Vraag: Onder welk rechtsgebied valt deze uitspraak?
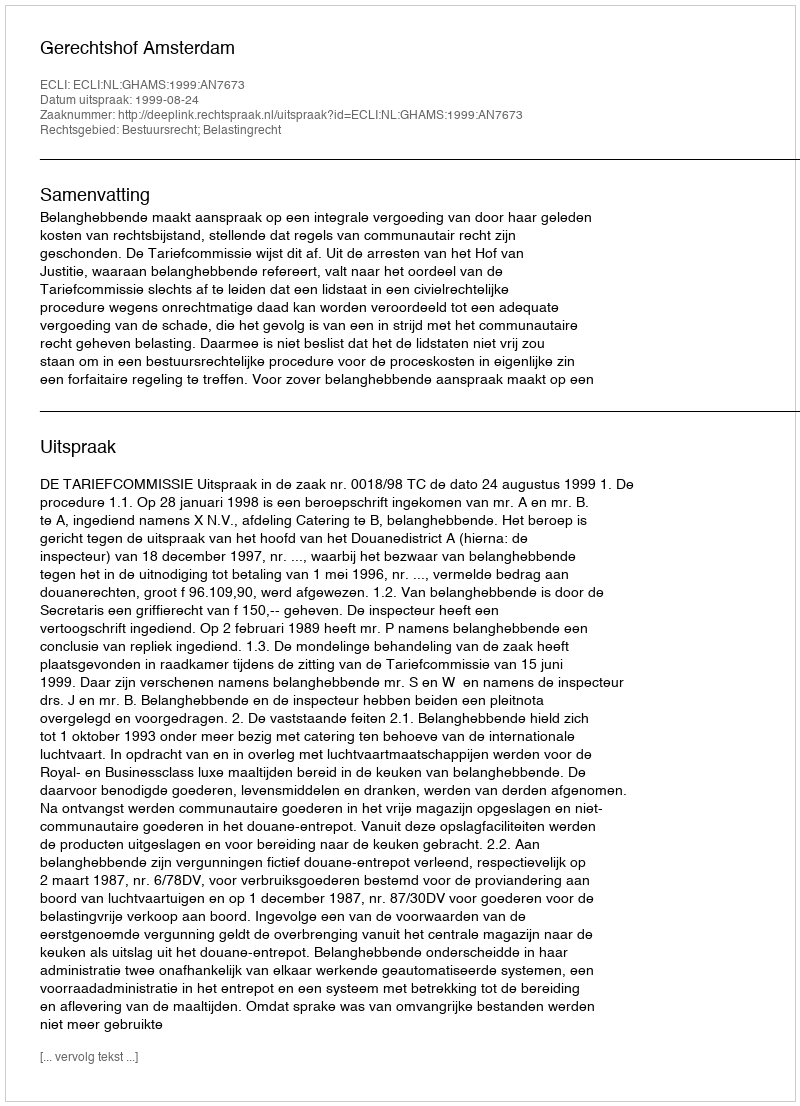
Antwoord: Bestuursrecht; Belastingrecht